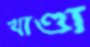
খাণ্ডা